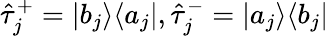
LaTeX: \hat{\tau}_{j}^{+}=|b_{j}\rangle\langle a_{j}|,\hat{\tau}_{j}^{-}=|a_{j}\rangle\langle b_{j}|